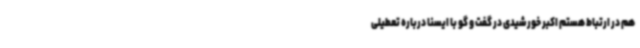
هم در ارتباط هستم اکبر خورشیدی در گفت و گو با ایسنا درباره تعطیلی